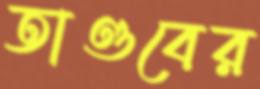
তাণ্ডবের